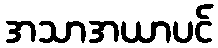
အသာအယာပင်